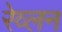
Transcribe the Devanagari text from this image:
रेव्लन